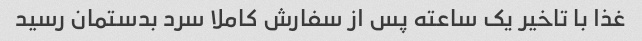
غذا با تاخیر یک ساعته پس از سفارش کاملا سرد بدستمان رسید